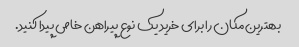
بهترین مکان را برای خرید یک نوع پیراهن خاص پیدا کنید.